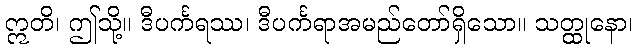
ဣတိ၊ ဤသို့။ ဒီပင်္ကရဿ၊ ဒီပင်္ကရာအမည်တော်ရှိသော။ သတ္ထုနော၊